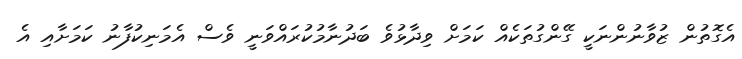
އެގޮތުން ޒުވާނުންނަކީ ގޭންގުތަކެއް ކަމަށް ވިދާޅުވެ ބަދުނާމުކުރައްވަނީ ވެސް އެމަނިކުފާނު ކަމަށާއި އެ